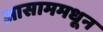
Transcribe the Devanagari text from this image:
आसाममधून